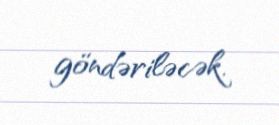
göndəriləcək.